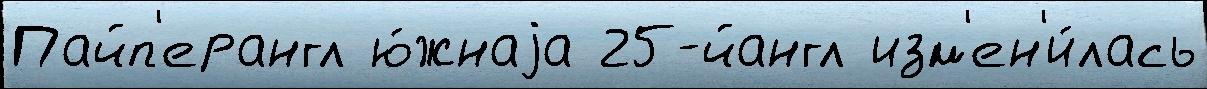
Пайп'ерангл ю́жнаjа 25-йангл изм'ен'и́лась